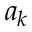
a _ { k }